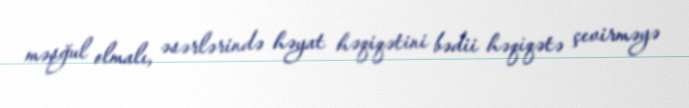
məşğul olmalı, əsərlərində həyat həqiqətini bədii həqiqətə çevirməyə